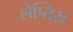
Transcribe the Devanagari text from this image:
लेप्तिस